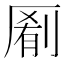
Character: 𫨖